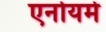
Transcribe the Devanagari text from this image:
एनोयमे